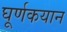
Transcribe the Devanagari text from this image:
घूर्णकयान